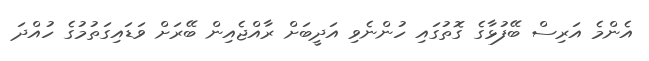
އެންމެ އަރިސް ބޭފުޅާގެ ގޮތުގައި ހުންނެވި އަދީބަށް ރާއްޖެއިން ބޭރަށް ވަޑައިގަތުމުގެ ހުއްދަ